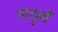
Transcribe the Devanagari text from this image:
यात्रुऔं